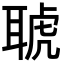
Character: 𦖖